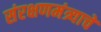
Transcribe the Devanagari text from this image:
संरक्षणमंत्र्याचे